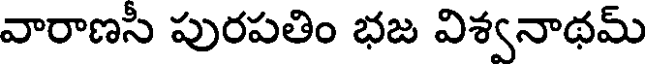
వారాణసీ పురపతిం భజ విశ్వనాథమ్